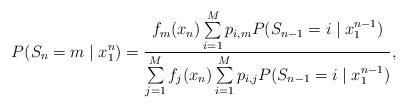
LaTeX: \begin{gather*}P(S_n=m\mid x_1^n) = \frac{f_{m}(x_n)\sum\limits_{i=1}^{M}p_{i, m} P(S_{n-1}=i \mid x_1^{n-1})}{\sum\limits_{j = 1}^{M} f_j(x_n)\sum\limits_{i=1}^{M}p_{i, j} P(S_{n-1}=i \mid x_1^{n-1})},\end{gather*}